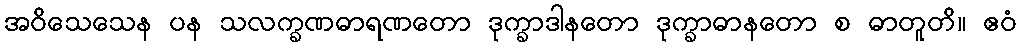
အဝိသေသေန ပန သလက္ခဏဓာရဏတော ဒုက္ခာဒါနတော ဒုက္ခာဓာနတော စ ဓာတူတိ။ ဧဝံ